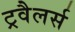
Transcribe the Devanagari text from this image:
ट्रवैलर्स